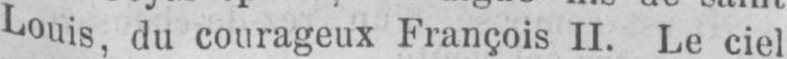
Louis, du courageux François II. Le ciel